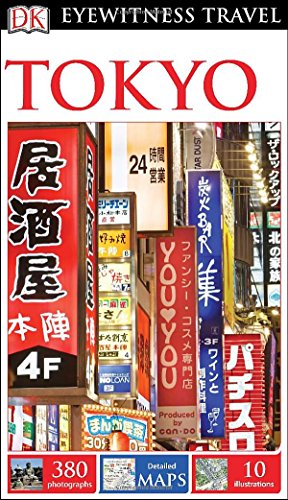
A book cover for DK Eyewitness Travel Guide: Tokyo; DK Publishing; Travel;